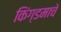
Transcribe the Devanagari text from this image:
किंग्डमाचे